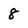
Character: 8